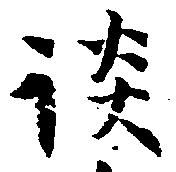
談